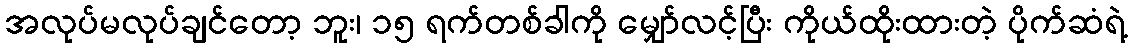
အလုပ်မလုပ်ချင်တော့ ဘူး၊ ၁၅ ရက်တစ်ခါကို မျှော်လင့်ပြီး ကိုယ်ထိုးထားတဲ့ ပိုက်ဆံရဲ့